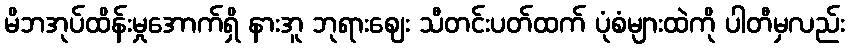
မိဘအုပ်ထိန်းမှုအောက်ရှိ နားအူ ဘုရားဈေး သီတင်းပတ်ထက် ပုံစံများထဲကို ပါတီမှလည်း